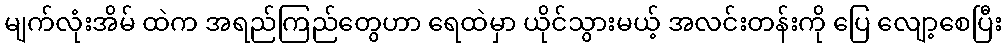
မျက်လုံးအိမ် ထဲက အရည်ကြည်တွေဟာ ရေထဲမှာ ယိုင်သွားမယ့် အလင်းတန်းကို ပြေ လျော့စေပြီး